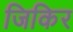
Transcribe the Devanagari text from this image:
जिकिर